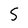
Character: 5